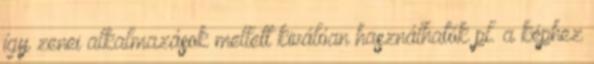
így zenei alkalmazások mellett kiválóan használhatók pl. a képhez